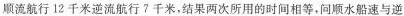
顺流航行12千米逆流航行?千米，结果两次所用的时间相等。问顺水船速与逆